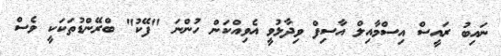
ނައިބު ރައީސް އިސްމާއިލް އާސިފް ވިދާޅުވީ އެވިއްކަން ހުންނަ "ފޭކު" ބްރޭންޑުތަކަކީ ވެސް